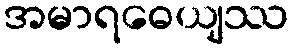
အမာရဓေယျဿ